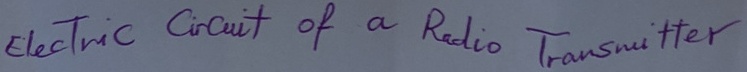
Text: Electric Circuit of a Radio Transmitter